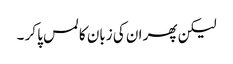
لیکن پھر ان کی زبان کا لمس پا کر ۔